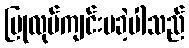
ပြုလုပ်ကျင်းပခဲ့ပါသည်